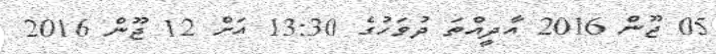
05 ޖޫން 2016 އާދީއްތަ ދުވަހުގެ 13:30 އަށް 12 ޖޫން 2016